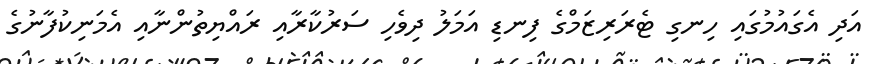
އަދި އެގައުމުގައި ހިނގި ޓެރަރިޒަމްގެ ފިނޑި އަމަލު ދިވެހި ސަރުކާރާއި ރައްޔިތުންނާއި އެމަނިކުފާނުގެ